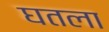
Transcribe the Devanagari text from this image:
घतला